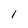
Character: I